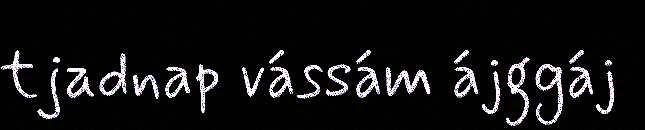
tjadnap vássám ájggáj